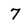
Character: 7